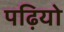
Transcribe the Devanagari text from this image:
पढ़ियो